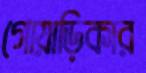
গোয়াড়িকার